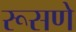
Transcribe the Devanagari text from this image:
रूसणे